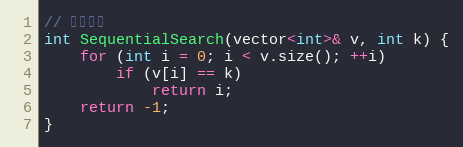
Language: C
// 顺序查找
int SequentialSearch(vector<int>& v, int k) {
	for (int i = 0; i < v.size(); ++i)
		if (v[i] == k)
			return i;
	return -1;
}